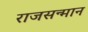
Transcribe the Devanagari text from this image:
राजसन्मान